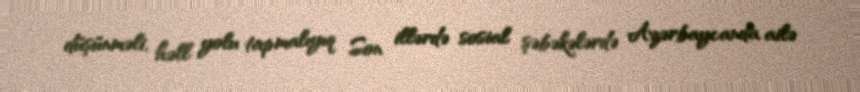
düşünməli, həll yolu tapmalıyıq Son illərdə sosial şəbəkələrdə Azərbaycanda ailə